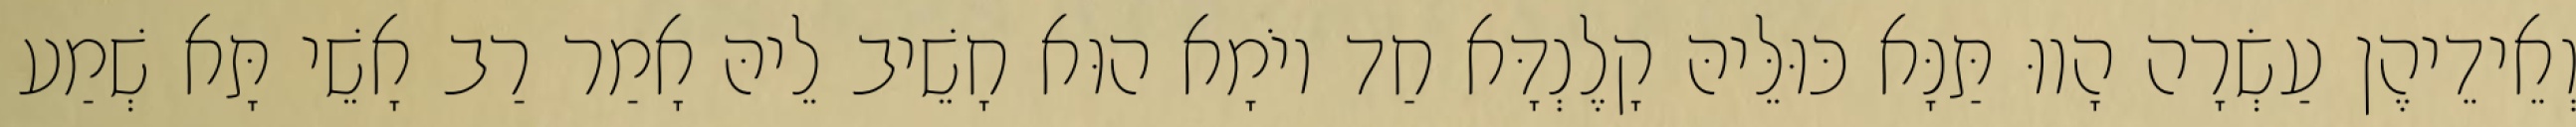
וְאֵידֵיהֶן עַשְׂרָה הָווּ תַּנָּא כּוּלֵּיהּ קָלֶנְדָּא חַד יוֹמָא הוּא חָשֵׁיב לֵיהּ אָמַר רַב אָשֵׁי תָּא שְׁמַע